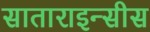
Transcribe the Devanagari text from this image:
साताराइन्सीस